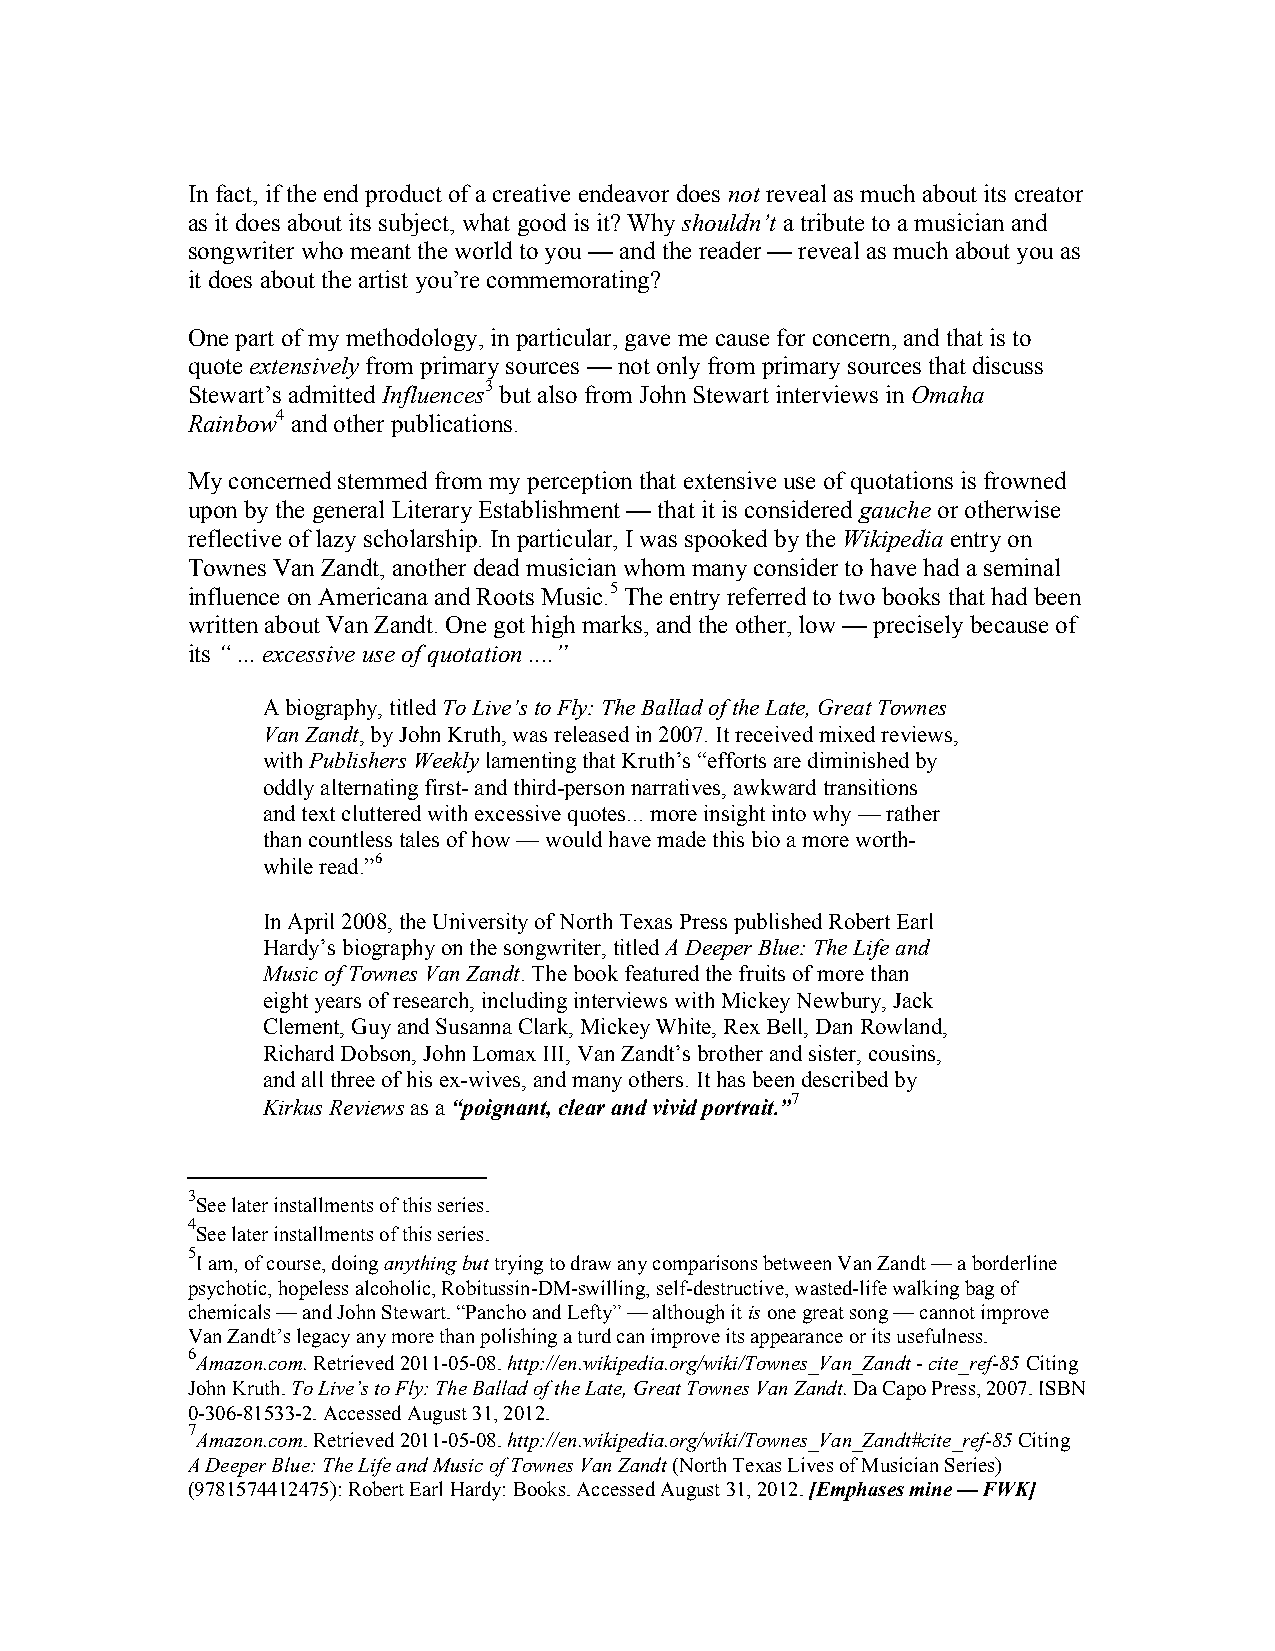
In fact, if the end product of a creative endeavor does not reveal as much about its creator
 as it does about its subject, what good is it? Why shouldn’t a tribute to a musician and
 songwriter who meant the world to you — and the reader — reveal as much about you as
 it does about the artist you’re commemorating?
 One part of my methodology, in particular, gave me cause for concern, and that is to
 quote extensively from primary sources — not only from primary sources that discuss
 Stewart’s admitted Influences3 but also from John Stewart interviews in Omaha
 Rainbow4 and other publications.
 My concerned stemmed from my perception that extensive use of quotations is frowned
 upon by the general Literary Establishment — that it is considered gauche or otherwise
 reflective of lazy scholarship. In particular, I was spooked by the Wikipedia entry on
 Townes Van Zandt, another dead musician whom many consider to have had a seminal
 influence on Americana and Roots Music.5 The entry referred to two books that had been
 written about Van Zandt. One got high marks, and the other, low — precisely because of
 its “ ... excessive use of quotation ....”
 A biography, titled To Live’s to Fly: The Ballad of the Late, Great Townes
 Van Zandt, by John Kruth, was released in 2007. It received mixed reviews,
 with Publishers Weekly lamenting that Kruth’s “efforts are diminished by
 oddly alternating first- and third-person narratives, awkward transitions
 and text cluttered with excessive quotes... more insight into why — rather
 than countless tales of how — would have made this bio a more worth-
 while read.”6
 In April 2008, the University of North Texas Press published Robert Earl
 Hardy’s biography on the songwriter, titled A Deeper Blue: The Life and
 Music of Townes Van Zandt. The book featured the fruits of more than
 eight years of research, including interviews with Mickey Newbury, Jack
 Clement, Guy and Susanna Clark, Mickey White, Rex Bell, Dan Rowland,
 Richard Dobson, John Lomax III, Van Zandt’s brother and sister, cousins,
 and all three of his ex-wives, and many others. It has been described by
 7
 Kirkus Reviews as a “poignant, clear and vivid portrait.”
 3
 See later installments of this series.
 4
 See later installments of this series.
 5
 I am, of course, doing anything but trying to draw any comparisons between Van Zandt — a borderline
 psychotic, hopeless alcoholic, Robitussin-DM-swilling, self-destructive, wasted-life walking bag of
 chemicals — and John Stewart. “Pancho and Lefty” — although it is one great song — cannot improve
 Van Zandt’s legacy any more than polishing a turd can improve its appearance or its usefulness.
 6
 Amazon.com. Retrieved 2011-05-08. http://en.wikipedia.org/wiki/Townes_Van_Zandt - cite_ref-85 Citing
 John Kruth. To Live’s to Fly: The Ballad of the Late, Great Townes Van Zandt. Da Capo Press, 2007. ISBN
 0-306-81533-2. Accessed August 31, 2012.
 7
 Amazon.com. Retrieved 2011-05-08. http://en.wikipedia.org/wiki/Townes_Van_Zandt#cite_ref-85 Citing
 A Deeper Blue: The Life and Music of Townes Van Zandt (North Texas Lives of Musician Series)
 (9781574412475): Robert Earl Hardy: Books. Accessed August 31, 2012. [Emphases mine — FWK]